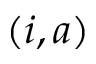
( i , a )